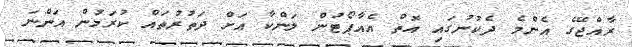
ރާއްޖޭގެ އެންމެ ދެކުނުގައި އޮތް އެއާޕޯޓުން ލަންކާ އަށް ދަތުރުތައް ކުރަމުން އަންނަ